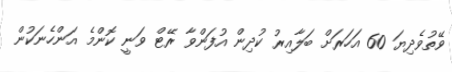
ވޭތުވެދިޔަ 60 އަހަރަށް ބަލާއިރު ކުދިން އުފަންވާ ރޭޓް ވަނީ ކޮންމެ އަންހެނަކުން